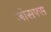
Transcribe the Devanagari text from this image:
जोसफ्स